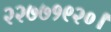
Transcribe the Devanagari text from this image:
२२७७१९२०।